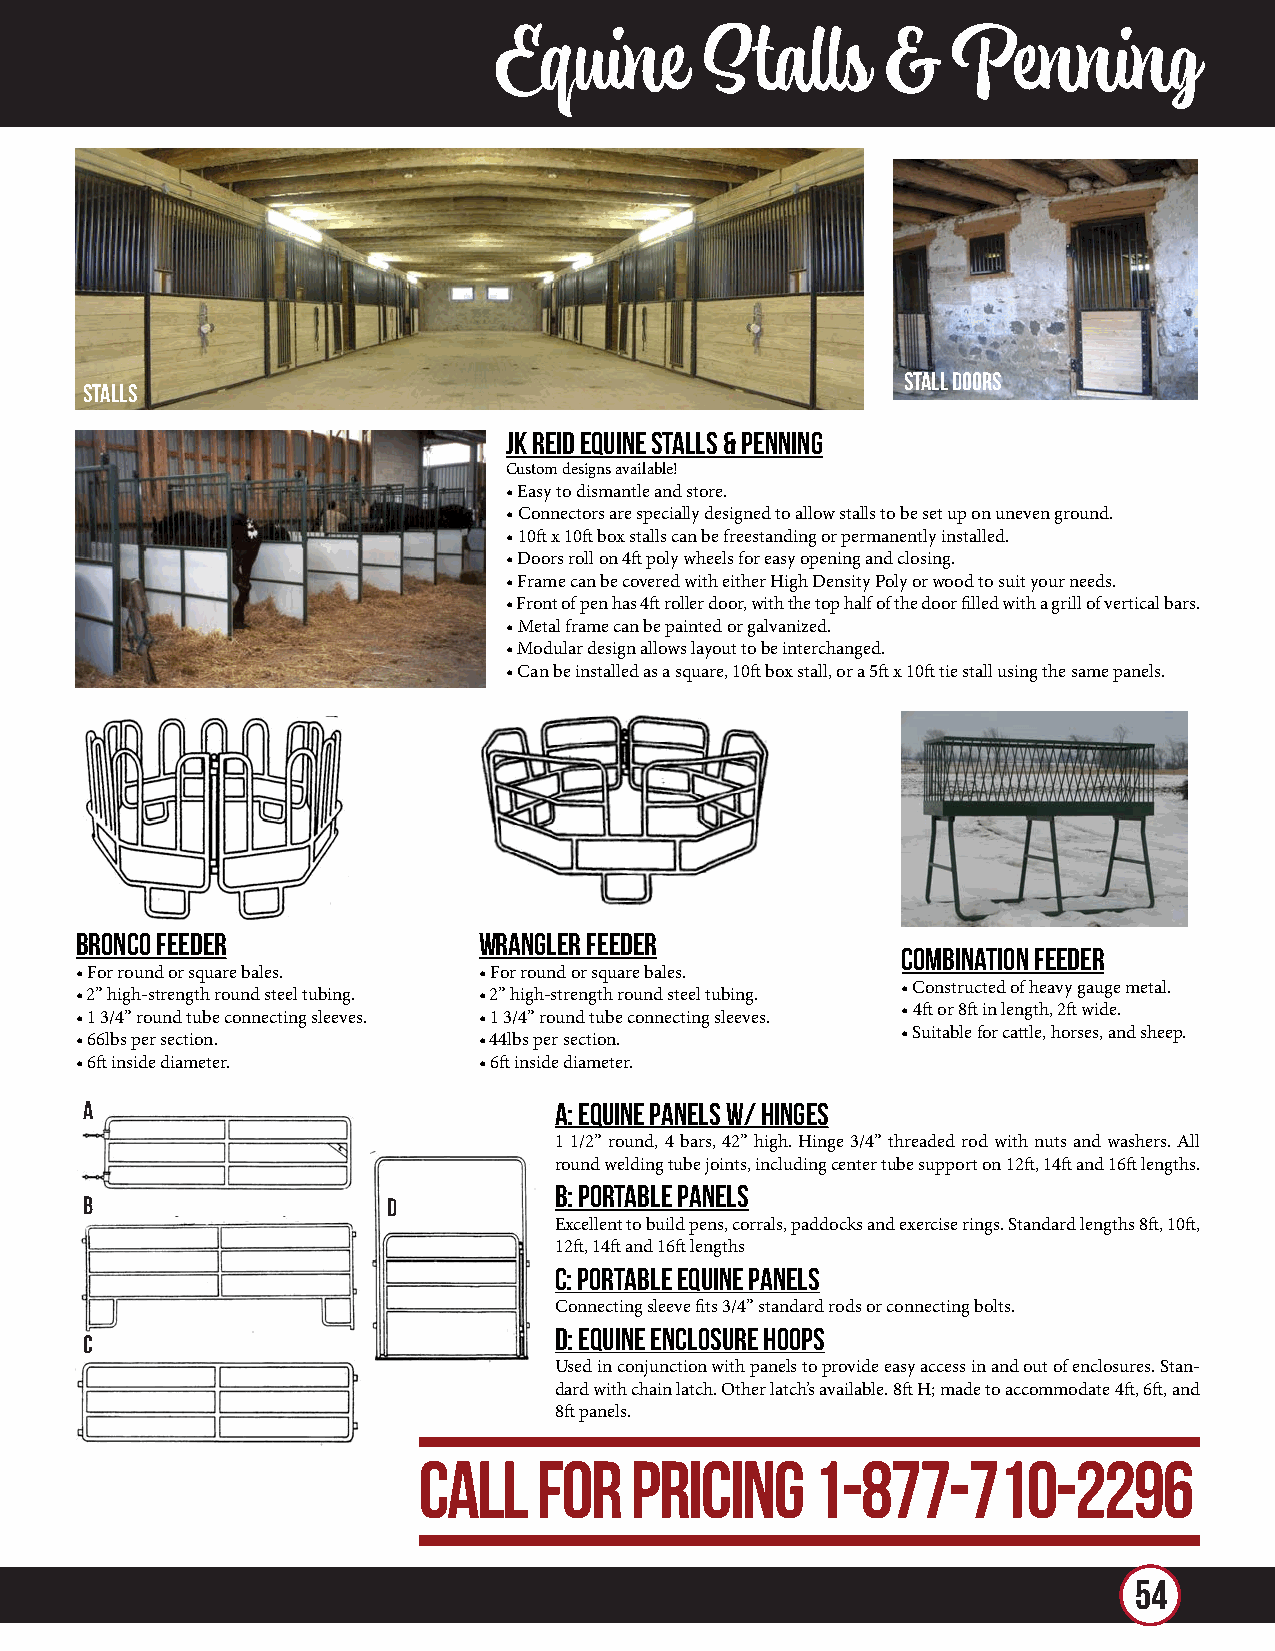
Equine       Stalls       &   Penning
 STALL DOORS
 STALLS
 JK REID EQUINE STALLS & PENNING
 Custom designs available!
 • Easy to dismantle and store.
 • Connectors are specially designed to allow stalls to be set up on uneven ground.
 • 10ft x 10ft box stalls can be freestanding or permanently installed.
 • Doors roll on 4ft poly wheels for easy opening and closing.
 • Frame can be covered with either High Density Poly or wood to suit your needs.
 • Front of pen has 4ft roller door, with the top half of the door filled with a grill of vertical bars.
 • Metal frame can be painted or galvanized.
 • Modular design allows layout to be interchanged.
 • Can be installed as a square, 10ft box stall, or a 5ft x 10ft tie stall using the same panels.
 Bronco Feeder              Wrangler Feeder
 Combination Feeder
 • For round or square bales. • For round or square bales.
 • Constructed of heavy gauge metal.
 • 2” high-strength round steel tubing. • 2” high-strength round steel tubing.
 • 4ft or 8ft in length, 2ft wide.
 • 1 3/4” round tube connecting sleeves. • 1 3/4” round tube connecting sleeves.
 • Suitable for cattle, horses, and sheep.
 • 66lbs per section.       • 44lbs per section.
 • 6ft inside diameter.     • 6ft inside diameter.
 A                              A: Equine Panels w/ Hinges
 1 1/2” round, 4 bars, 42” high. Hinge 3/4” threaded rod with nuts and washers. All
 round welding tube joints, including center tube support on 12ft, 14ft and 16ft lengths.
 B: Portable Panels
 B                   D
 Excellent to build pens, corrals, paddocks and exercise rings. Standard lengths 8ft, 10ft,
 12ft, 14ft and 16ft lengths
 C: Portable Equine Panels
 Connecting sleeve fits 3/4” standard rods or connecting bolts.
 D: Equine Enclosure Hoops
 C
 Used in conjunction with panels to provide easy access in and out of enclosures. Stan-
 dard with chain latch. Other latch’s available. 8ft H; made to accommodate 4ft, 6ft, and
 8ft panels.
 CALL    FOR   PRICING     1-877-710-2296
 54